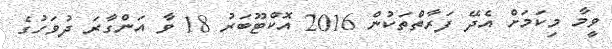
ވީމާ މިކަމަށް އެދޭ ފަރާތްތަކުން 2016 އޮކްޓޫބަރު 18 ވާ އަންގާރަ ދުވަހުގެ